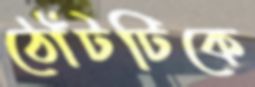
ঠোঁটটিকে